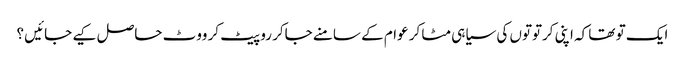
ایک تو تھا کہ اپنی کرتوتوں کی سیاہی مٹا کر عوام کے سامنے جاکر رو پیٹ کر ووٹ حاصل کیے جائیں ؟